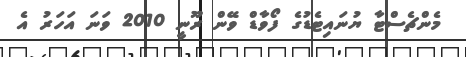
މެންޗެސްޓާ ޔުނައިޓެޑުގެ ފޯވާޑް ވޭން ރޫނީ 2010 ވަނަ އަހަރު އެ